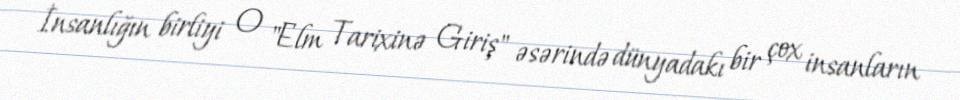
İnsanlığın birliyi O "Elm Tarixinə Giriş" əsərində dünyadakı bir çox insanların